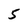
Character: 5